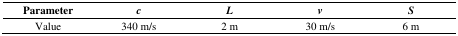
<table><thead><tr><td><b>Parameter</b></td><td><b><i>c</i></b></td><td><b><i>L</i></b></td><td><b><i>v</i></b></td><td><b><i>S</i></b></td></tr></thead><tbody><tr><td>Value</td><td>340 m/s</td><td>2 m</td><td>30 m/s</td><td>6 m</td></tr></tbody></table>